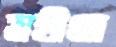
মহীতে